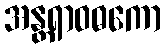
အန္တရာဝဓကော